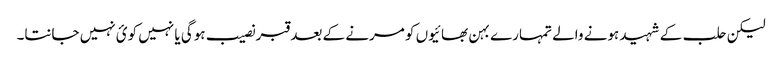
لیکن حلب کے شہید ہونے والے تمہارے بہن بھائیوں کو مرنے کے بعد قبر نصیب ہوگی یا نہیں کوئ نہیں جانتا۔